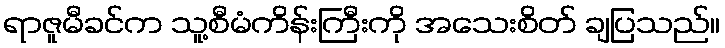
ရာဇူမီခင်က သူ့စီမံကိန်းကြီးကို အသေးစိတ် ချပြသည်။